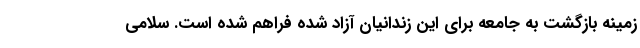
زمینه بازگشت به جامعه برای این زندانیان آزاد شده فراهم شده است. سلامی